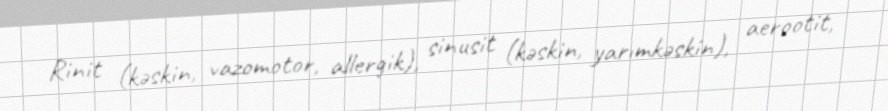
Rinit (kəskin, vazomotor, allergik), sinusit (kəskin, yarımkəskin), aerootit,